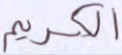
الكريم